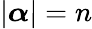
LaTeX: |{\boldsymbol{\alpha}}|=n